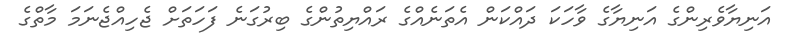
އަނިޔާވެރިންގެ އަނިޔާގެ ވާހަކަ ދައްކަން އެތަނެއްގެ ރައްޔިތުންގެ ބިރުގަނެ ފަހަތަށް ޖެހިއްޖެނަމަ މާތްގެ